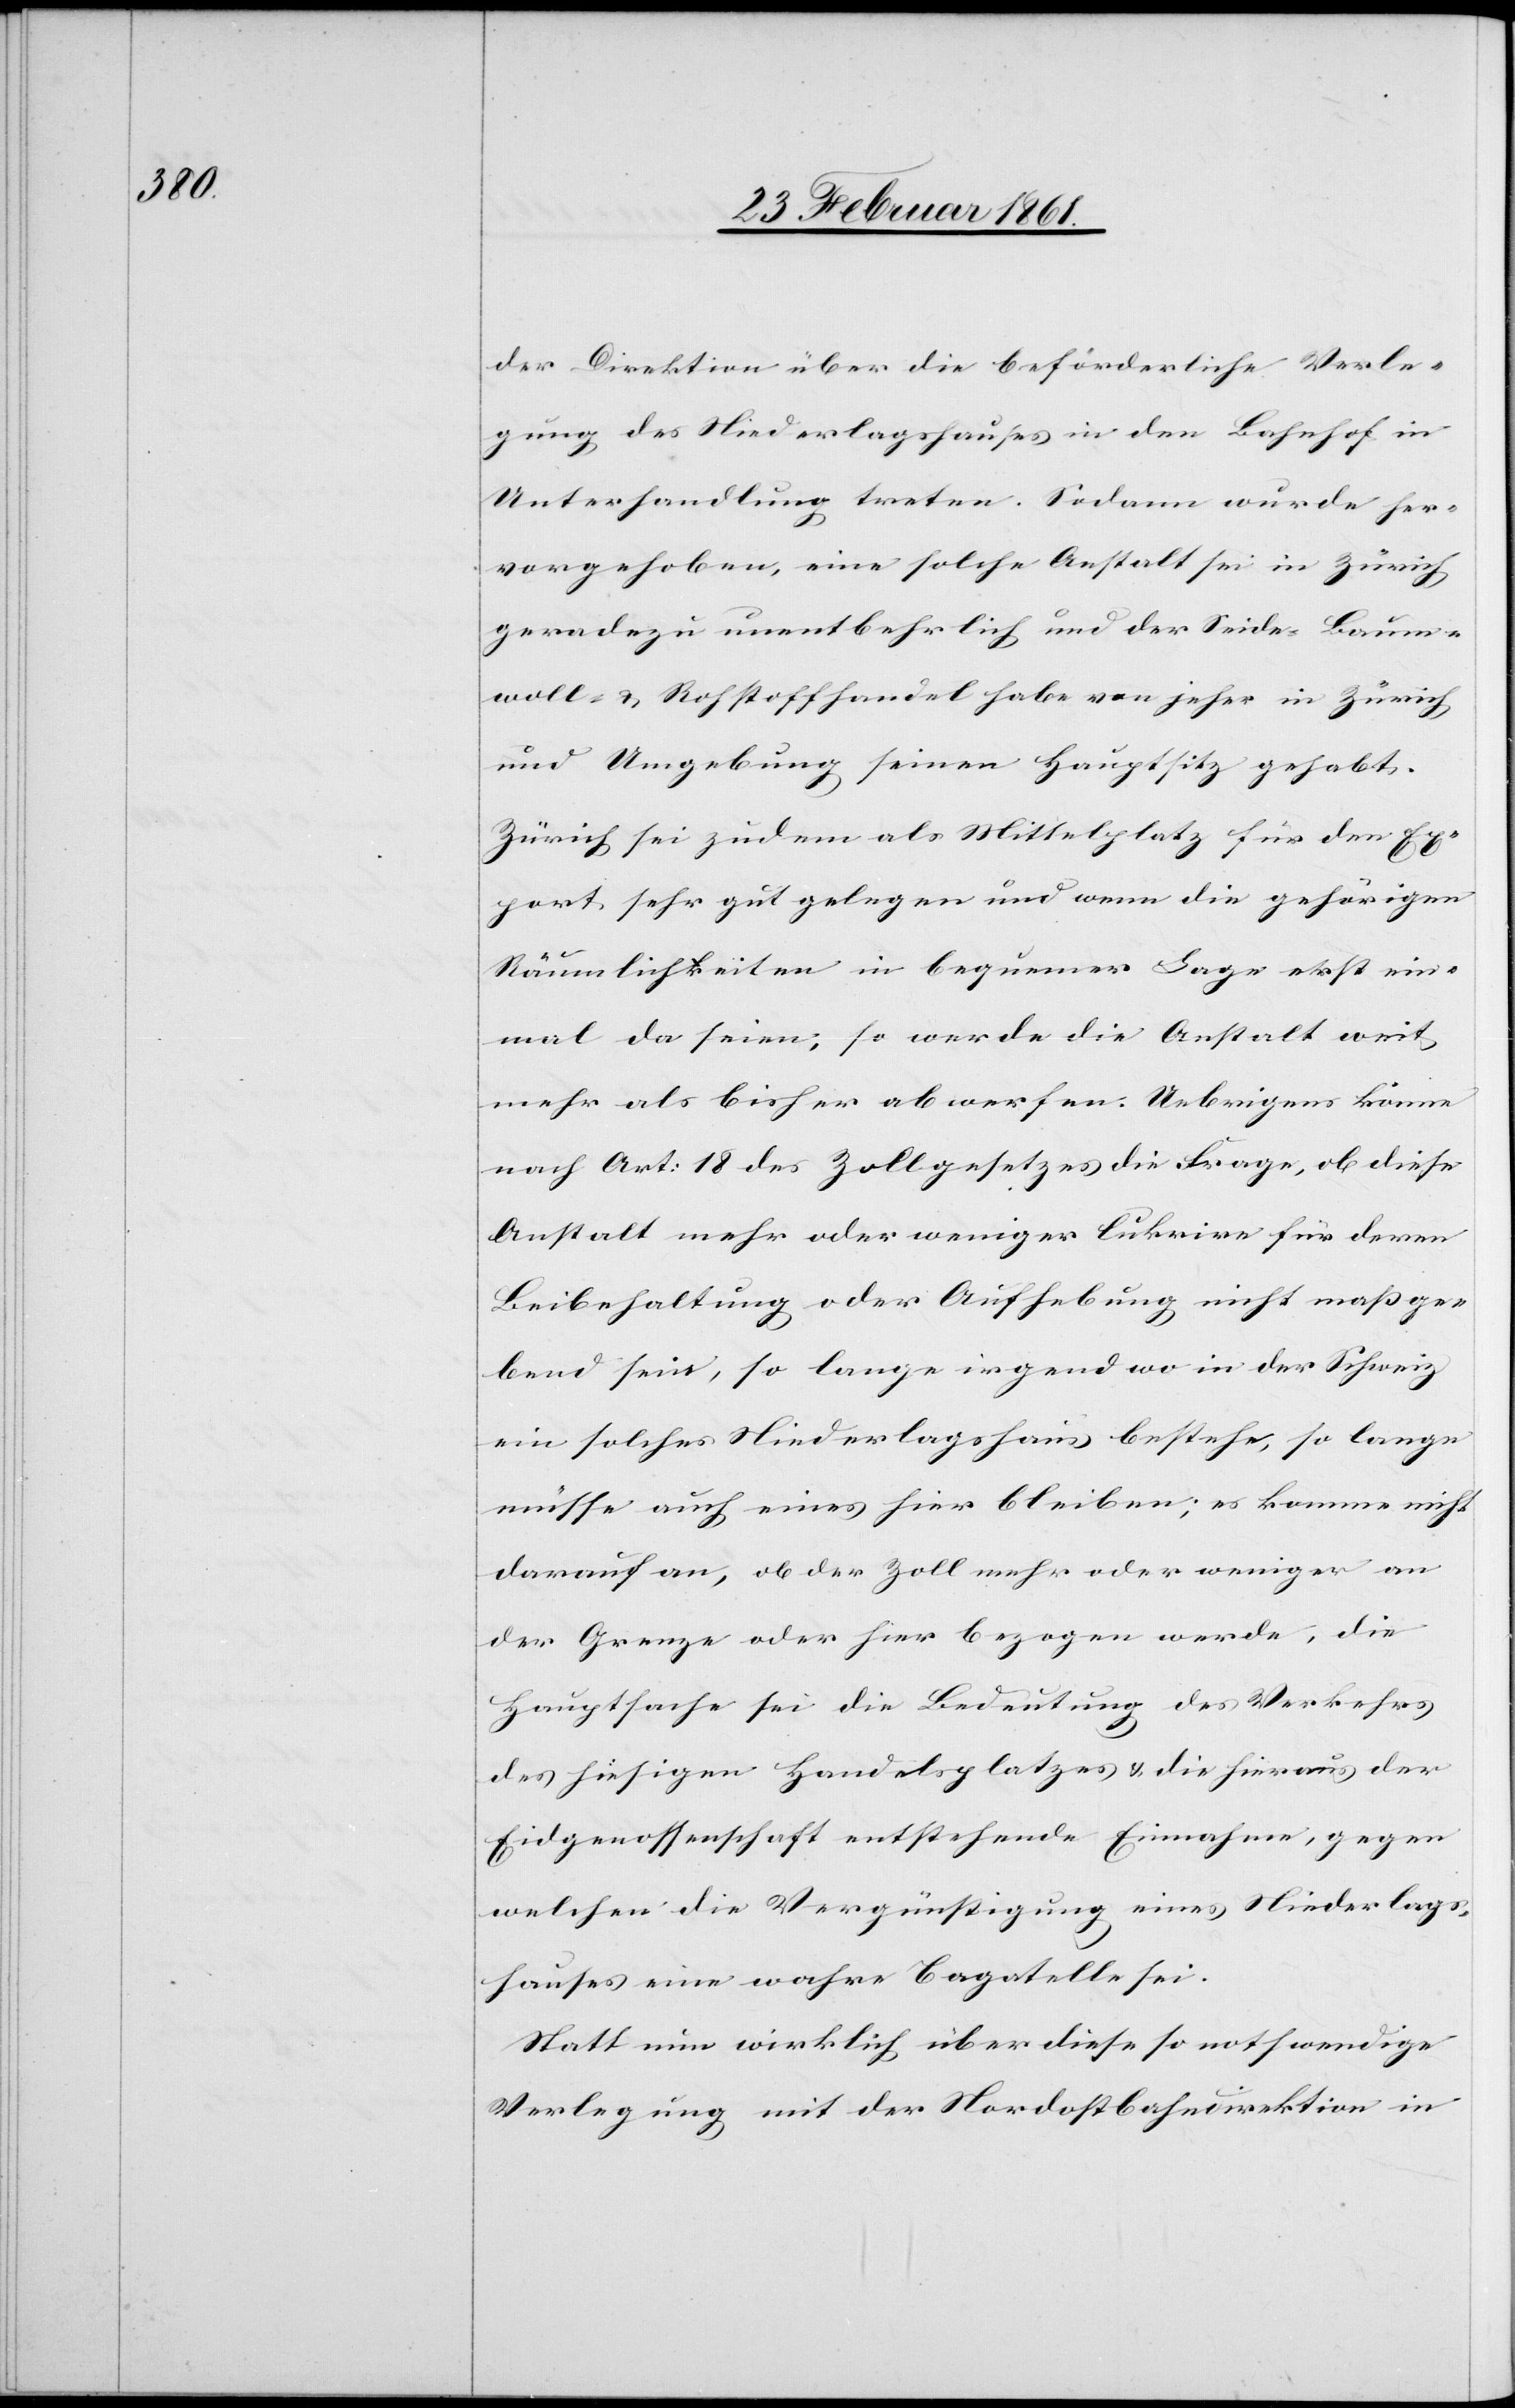
der Direktion über die beförderliche Verle¬
gung des Niederlagshauses in den Bahnhof in
Unterhandlung treten. Sodann wurde her¬
vorgehoben, eine solche Anstalt sei in Zürich
geradezu unentbehrlich und der Seide-[,] Baum¬
woll- u. Rohstoffhandel habe von jeher in Zürich
und Umgebung seinen Hauptsitz gehabt.
Zürich sei zudem als Mittelplatz für den Ex¬
port sehr gut gelegen und wenn die gehörigen
Räumlichkeiten in bequemer Lage erst ein¬
mal da seien, so werde die Anstalt weit
mehr als bisher abwerfen. Uebrigens könne
nach Art: 18 des Zollgesetzes die Frage, ob diese
Anstalt mehr oder weniger lukrire für deren
Beibehaltung oder Aufhebung nicht massge¬
bend sein, so lange irgendwo in der Schweiz
ein solches Niederlagshaus bestehe, so lange
müsse auch eines hier bleiben; es kömme nicht
darauf an, ob der Zoll mehr oder weniger an
der Grenze oder hier bezogen werde, die
Hauptsache sei die Bedeutung des Verkehrs
des hiesigen Handelsplatzes u. die hieraus der
Eidgenossenschaft entstehende Einnahme, gegen
welchen die Vergünstigung eines Niederlags¬
hauses eine wahre Bagatelle sei.
Statt nun wirklich über diese so nothwendige
Verlegung mit der Nordostbahndirektion in